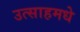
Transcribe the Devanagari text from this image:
उत्साहमधे